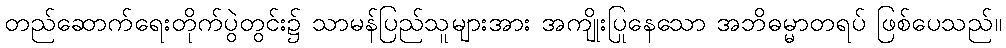
တည်ဆောက်ရေးတိုက်ပွဲတွင်း၌ သာမန်ပြည်သူများအား အကျိုးပြုနေသော အဘိဓမ္မာတရပ် ဖြစ်ပေသည်။